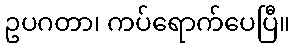
ဥပဂတာ၊ ကပ်ရောက်ပေပြီ။